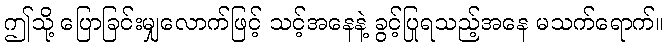
ဤသို့ ပြောခြင်းမျှလောက်ဖြင့် သင့်အနေနဲ့ ခွင့်ပြုရသည့်အနေ မသက်ရောက်။